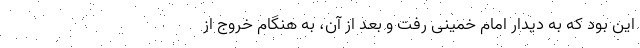
این بود که به دیدار امام خمینی رفت و بعد از آن، به هنگام خروج از